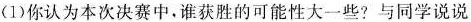
(1) 你认为本次决赛中，谁获胜的可能性大一些?与同学说说